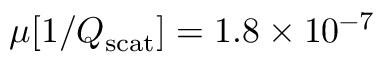
\mu [ 1 / Q _ { \mathrm { s c a t } } ] = 1 . 8 \times 1 0 ^ { - 7 }